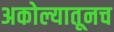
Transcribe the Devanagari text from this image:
अकोल्यातूनच